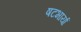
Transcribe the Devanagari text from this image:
षटभार्या